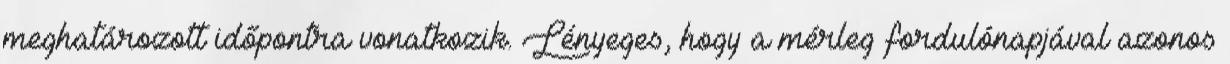
meghatározott időpontra vonatkozik. Lényeges, hogy a mérleg fordulónapjával azonos